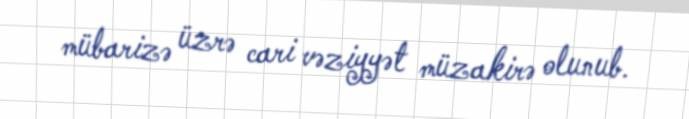
mübarizə üzrə cari vəziyyət müzakirə olunub.